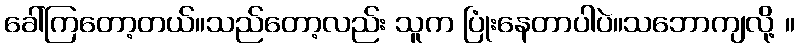
ခေါ်ကြတော့တယ်။သည်တော့လည်း သူက ပြုံးနေတာပါပဲ။သဘောကျလို့ ။